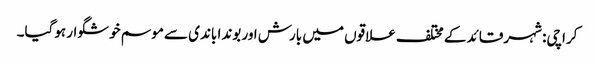
کراچی: شہرقائد کے مختلف علاقوں میں بارش اور بوندا باندی سے موسم خوشگوار ہوگیا۔